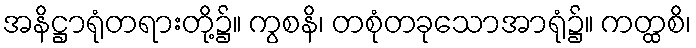
အနိဋ္ဌာရုံတရားတို့၌။ ကွစနိ၊ တစုံတခုသောအာရုံ၌။ ကတ္ထစိ၊